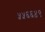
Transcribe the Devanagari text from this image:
५५६६४९